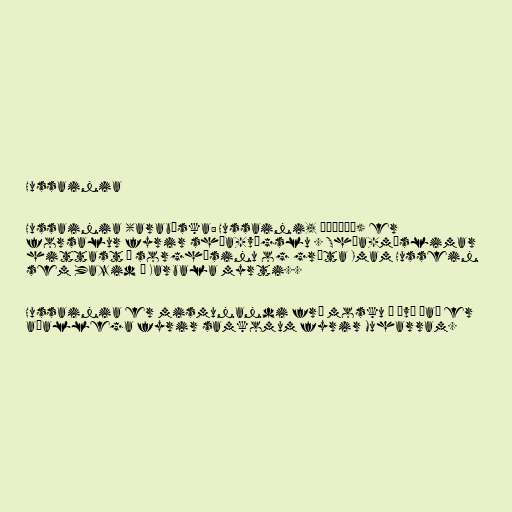
Hussainia

Hussainia (arabíska: Hussaini, حسينية) er
forsalur fyrir shía-vígslu . Shía-múslimar
hittast í sorghúsinu og gráta Imam Hussein
sem Yazid í Karbala myrti..

Hussainia er mismunandi frá mosku í því það er
aðallega fyrir samkomum fyrir Muharram.